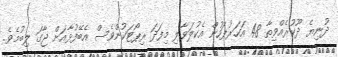
ދުނިޔެ ދޫކުރެއްވިތާ 48 އަހަރުފަހުން އެކުލަވާލި މިފަދަ ރިޕޯޓަކުންވެސް އެބޭފުޅާއަށް ޖާގަ ލިބުމެވެ.